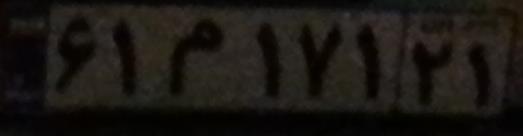
۶۱م۱۷۱۲۱